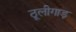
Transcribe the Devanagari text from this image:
ठूलीगाड़